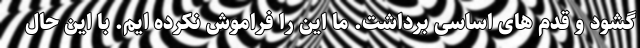
گشود و قدم های اساسی برداشت. ما این را فراموش نکرده ایم. با این حال